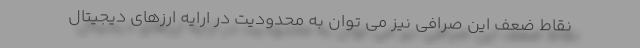
نقاط ضعف اين صرافي نیز مي توان به محدوديت در ارايه ارزهاي ديجيتال